On kala azar, malaria and malarial cachexia - Number 19
Disease focus: Malaria
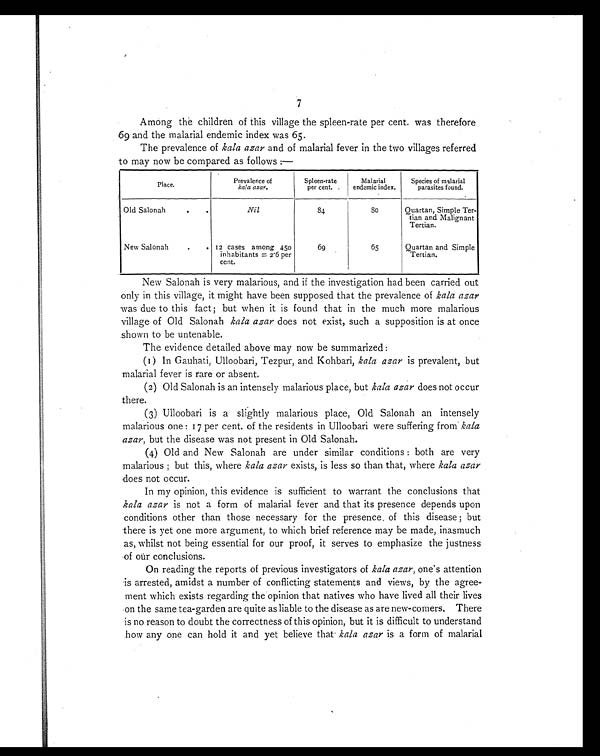
7
Among the children of this village the spleen-rate per cent. was therefore
69 and the malarial endemic index was 65.
The prevalence of kala azar and of malarial fever in the two villages referred
to may now be compared as follows :—
Place.
Prevalence of
kala azar.
Spleen-rate
per cent.
Malarial
endemic index.
Species of malarial
parasites found.
Old Salonah
.
.
Nil
84
80
Ouartan, Simple Ter-
tian and Malignant
Tertian.
New Salonah
.
. 12 cases among 450
inhabitants = 2.6 per
c e n t .
69
65
Ouartan and Simple
Tertian.
New Salonah is very malarious, and if the investigation had been carried out
only in this village, it might have been supposed that the prevalence of kala azar
was due to this fact; but when it is found that in the much more malarious
village of Old Salonah kala azar does not exist, such a supposition is at once
shown to be untenable.
The evidence detailed above may now be summarized :
(1) In Gauhati, Ulloobari, Tezpur, and Kohbari, kala azar is prevalent, but
malarial fever is rare or absent.
(2) Old Salonah is an intensely malarious place, but kala azar does not occur
there.
(3) Ulloobari is a slightly malarious place, Old Salonah an intensely
malarious one : 17 per cent. of the residents in Ulloobari were suffering from. kala
azar, but the disease was not present in Old Salonah.
(4) Old and New Salonah are under similar conditions : both are very
malarious ; but this, where kala azar exists, is less so than that, where kala azar
does not occur.
In my opinion, this evidence is sufficient to warrant the conclusions that
kala azar is not a form of malarial fever and that its presence depends upon
conditions other than those necessary for the presence, of this disease ; but
there is yet one more argument, to which brief reference may be made, inasmuch
as, whilst not being essential for our proof, it serves to emphasize the justness
of our conclusions.
On reading the reports of previous investigators of kala azar, one's attention
is arrested, amidst a number of conflicting statements and views, by the agree-
ment which exists regarding the opinion that natives who have lived all their lives
on the same tea-garden are quite as liable to the disease as are new-comers. There
is no reason to doubt the correctness of this opinion, but it is difficult to understand
how any one can hold it and yet believe that kala azar is a form of malarial